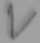
Text: V